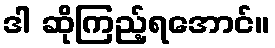
ဒါ ဆိုကြည့်ရအောင်။